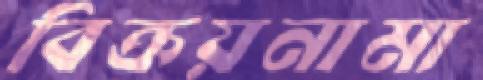
বিক্রয়নামা